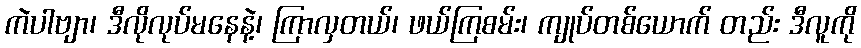
ကဲပါဗျာ၊ ဒီလိုလုပ်မနေနဲ့၊ ကြာလှတယ်၊ ဖယ်ကြစမ်း၊ ကျုပ်တစ်ယောက် တည်း ဒီလူကို